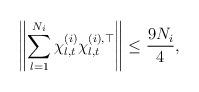
LaTeX: \begin{align*} \left\| \sum_{l=1}^{N_i}\chi^{(i)}_{l,t}\chi^{(i),\top}_{l,t} \right\| \leq \frac{9N_i}{4},\end{align*}